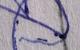
Signature authenticity: forged